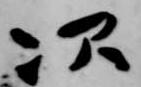
次